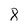
Character: 8